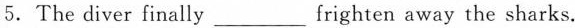
5.The diver finally___frighten away the sharks.